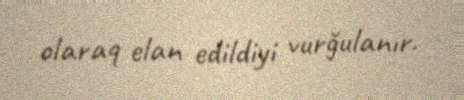
olaraq elan edildiyi vurğulanır.